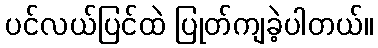
ပင်လယ်ပြင်ထဲ ပြုတ်ကျခဲ့ပါတယ်။